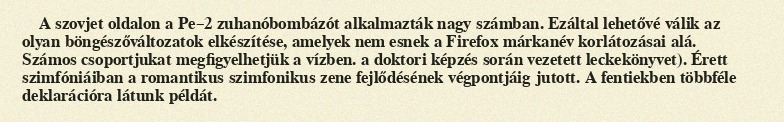
A szovjet oldalon a Pe–2 zuhanóbombázót alkalmazták nagy számban. Ezáltal lehetővé válik az olyan böngészőváltozatok elkészítése, amelyek nem esnek a Firefox márkanév korlátozásai alá. Számos csoportjukat megfigyelhetjük a vízben. a doktori képzés során vezetett leckekönyvet). Érett szimfóniáiban a romantikus szimfonikus zene fejlődésének végpontjáig jutott. A fentiekben többféle deklarációra látunk példát.